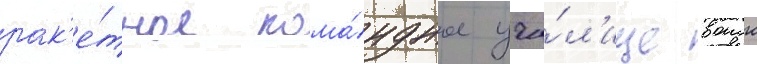
рак'е́тное кома́ндное учи́л'ище воиск